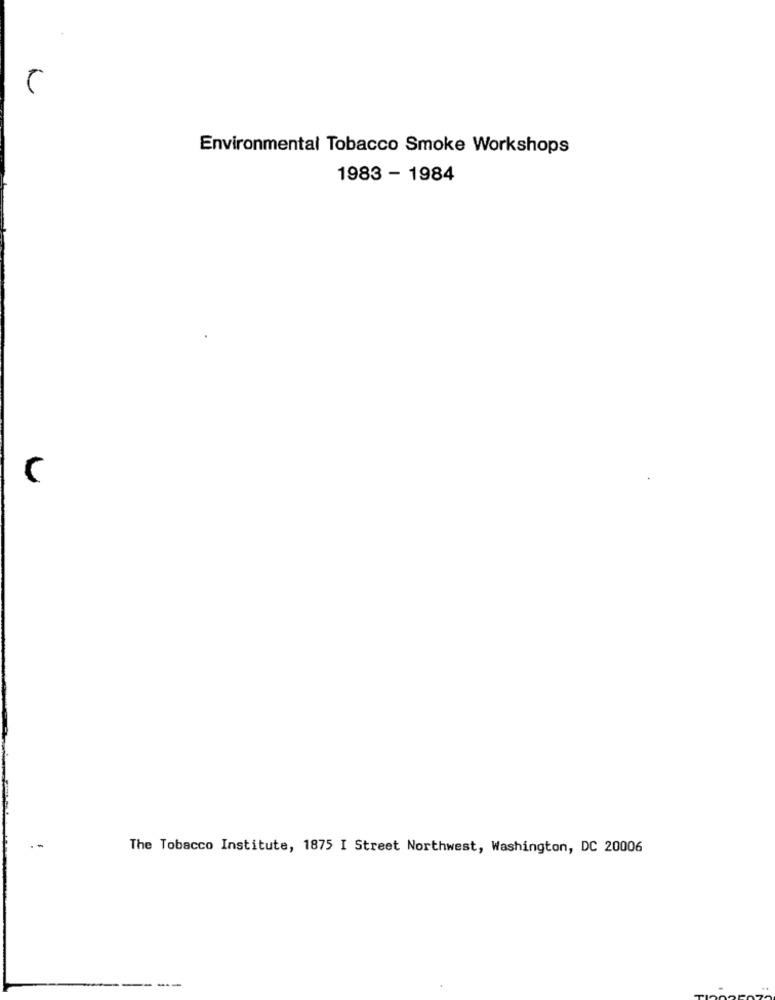
Environmental Tobacco Smoke Workshops
1983 - 1984
The Tobacco Institute, 1875 I Street Northwest, Washington, DC 20006